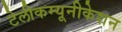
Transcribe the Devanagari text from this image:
टेलीकम्यूनीकेशन